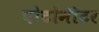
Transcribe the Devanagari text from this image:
पोटोमीटर